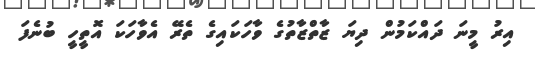
އިރު މީނަ ދައްކަމުން ދިޔަ ޒާތްޒާތުގެ ވާހަކައިގެ ތެރޭ އެވާހަކަ އޮތީހީ ބުނެފަ